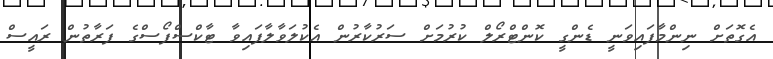
އެގޮތަށް ނިންމާފައިވަނީ ޑެންގީ ކޮންޓްރޯލް ކުރުމަށް ސަރުކާރުން އެކުލަވާލާފައިވާ ޓާކްސްފޯސްގެ ފަރާތުން ރައީސް